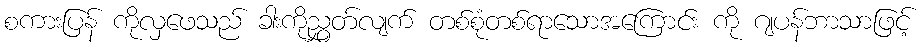
စကားပြန် ကိုလှဖေသည် ခါးကိုညွှတ်လျက် တစ်စုံတစ်ရာသောအကြောင်း ကို ဂျပန်ဘာသာဖြင့်